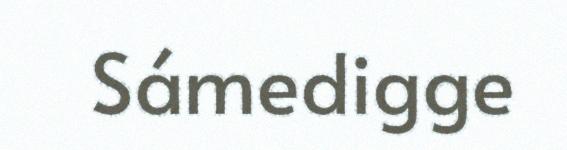
Sámedigge